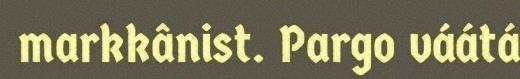
markkânist. Pargo váátá